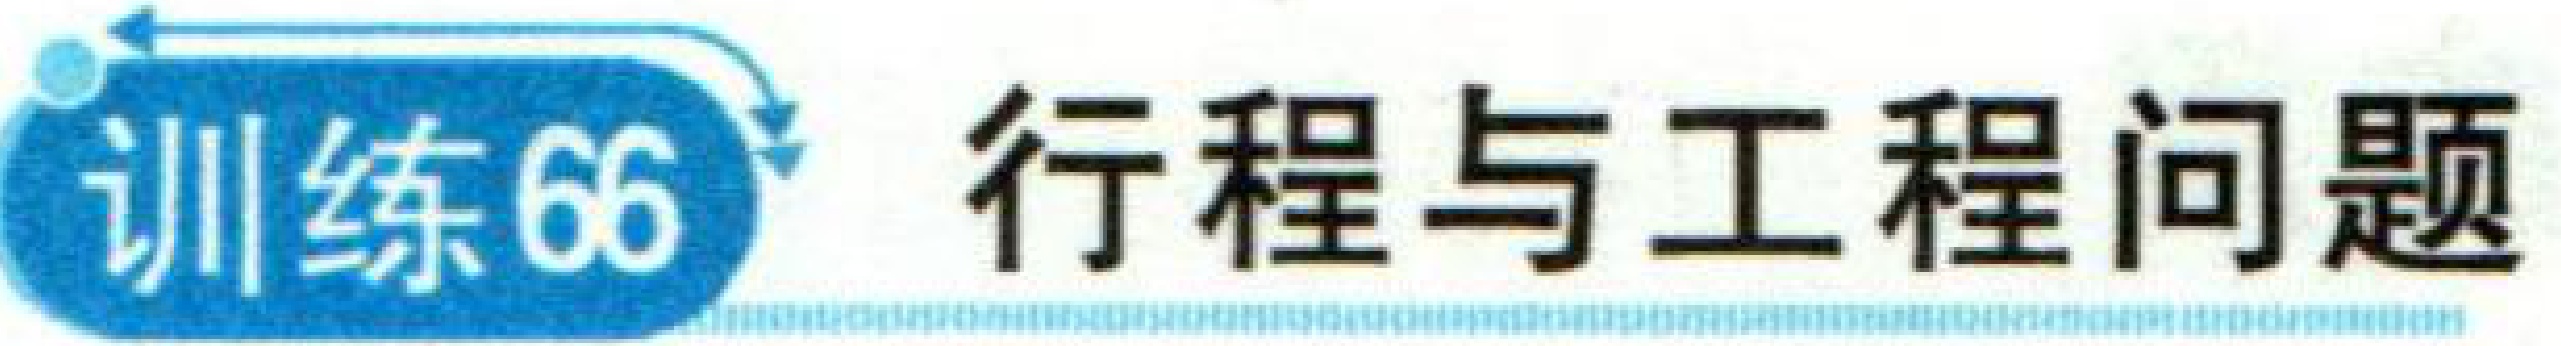
训练66  行程与工程问题